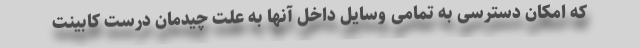
که امکان دسترسی به تمامی وسایل داخل آنها به علت چیدمان درست کابینت